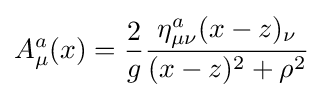
A_{\mu }^{a}(x)={\frac {2}{g}}{\frac {\eta _{\mu \nu }^{a}(x-z)_{\nu }}{(x-z)^{2}+\rho ^{2}}}